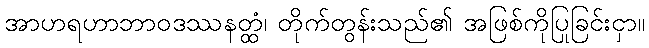
အာဟရဟာဘာဝဒဿနတ္ထံ၊ တိုက်တွန်းသည်၏ အဖြစ်ကိုပြုခြင်းငှာ။